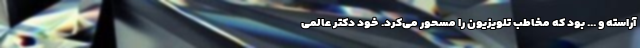
آراسته و ... بود که مخاطب تلویزیون را مسحور می‌کرد. خود دکتر عالمی